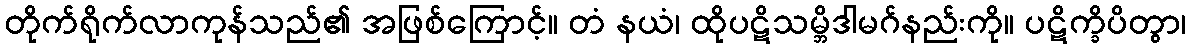
တိုက်ရိုက်လာကုန်သည်၏ အဖြစ်ကြောင့်။ တံ နယံ၊ ထိုပဋိသမ္ဘိဒါမဂ်နည်းကို။ ပဋိက္ခိပိတွာ၊